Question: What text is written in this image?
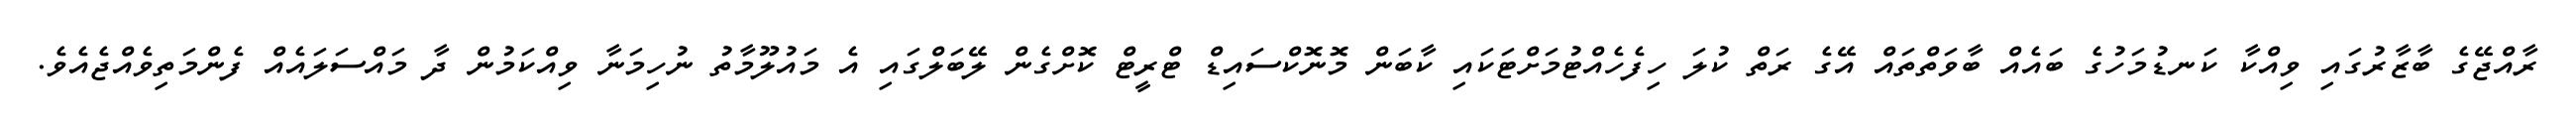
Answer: ރާއްޖޭގެ ބާޒާރުގައި ވިއްކާ ކަނޑުމަހުގެ ބައެއް ބާވަތްތައް އޭގެ ރަތް ކުލަ ހިފެހެއްޓުމަށްޓަކައި ކާބަން މޮނޮކްސައިޑް ޓްރީޓް ކޮށްގެން ލޭބަލްގައި އެ މައުލޫމާތު ނުހިމަނާ ވިއްކަމުން ދާ މައްސަލައެއް ފެންމަތިވެއްޖެއެވެ.